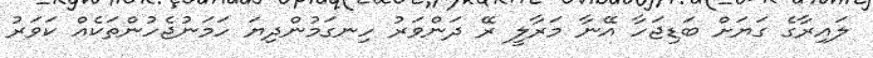
ލައިރާގެ ގަޔަށް ބަޑިޖަހާ އޭނާ މަރާލީ ރޭ ދަންވަރު ހިނގަމުންދިޔަ ހަމަނުޖެހުންތަކެއް ކަވަރު